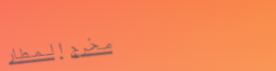
مخرج المطار